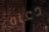
دعاه